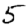
Digit: 5